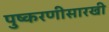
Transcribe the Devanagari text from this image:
पुष्करणीसारखी